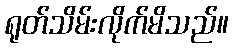
ရုတ်သိမ်းလိုက်မိသည်။